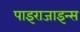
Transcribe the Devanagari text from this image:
पाइराजाइन्स